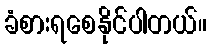
ခံစားရစေနိုင်ပါတယ်။